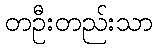
တဦးတည်းသာ